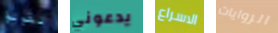
تقولوا يدعوني الاسراع الروايات